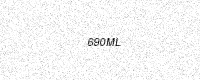
Text: 690ML